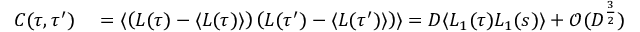
\begin{array} { r l } { C ( \tau , \tau ^ { \prime } ) } & { { } = \langle \left( L ( \tau ) - \langle L ( \tau ) \rangle \right) \left( L ( \tau ^ { \prime } ) - \langle L ( \tau ^ { \prime } ) \rangle \right) \rangle = D \langle L _ { 1 } ( \tau ) L _ { 1 } ( s ) \rangle + \mathcal { O } ( D ^ { \frac { 3 } { 2 } } ) } \end{array}